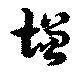
増